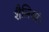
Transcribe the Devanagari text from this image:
शैलियां।